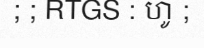
; ; RTGS : ហូ ;